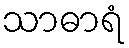
သာဓာရံ